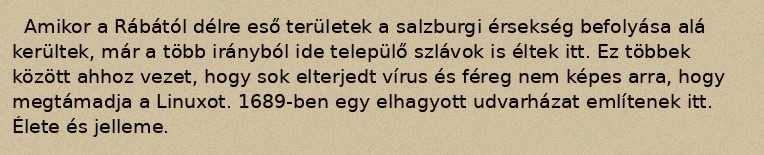
Amikor a Rábától délre eső területek a salzburgi érsekség befolyása alá kerültek, már a több irányból ide települő szlávok is éltek itt. Ez többek között ahhoz vezet, hogy sok elterjedt vírus és féreg nem képes arra, hogy megtámadja a Linuxot. 1689-ben egy elhagyott udvarházat említenek itt. Élete és jelleme.